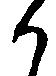
か